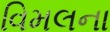
વિમલના